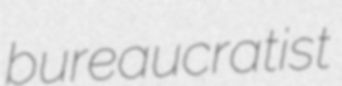
bureaucratist